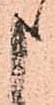
申